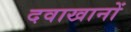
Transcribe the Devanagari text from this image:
दवाखानों